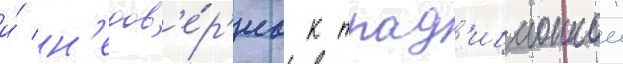
и́ н'едов'е́р'иа к трад'иционнои